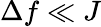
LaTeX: \Delta f\ll J